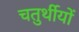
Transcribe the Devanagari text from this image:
चतुर्थीयों